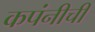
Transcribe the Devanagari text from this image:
कपंनीची